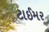
ટાઈમર